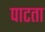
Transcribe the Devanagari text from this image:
पाटता